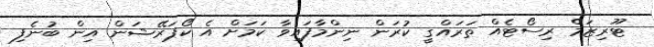
ޓޫރިޒަމް ރިސޯޓެއް ތަރައްގީ ކުރަން ނިންމާފައިވާ ކަމަށް އެ ކޯޕަރޭޝަން އިން ބުނެފި